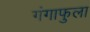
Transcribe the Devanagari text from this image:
गंगाफुला